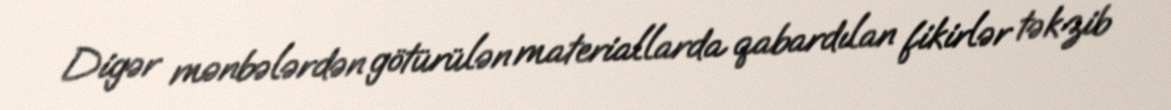
Digər mənbələrdən götürülən materiallarda qabardılan fikirlər təkzib